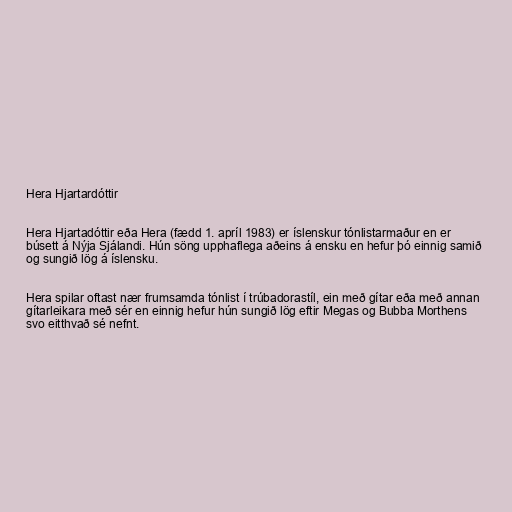
Hera Hjartardóttir

Hera Hjartadóttir eða Hera (fædd 1. apríl 1983) er íslenskur tónlistarmaður en er
búsett á Nýja Sjálandi. Hún söng upphaflega aðeins á ensku en hefur þó einnig samið
og sungið lög á íslensku.

Hera spilar oftast nær frumsamda tónlist í trúbadorastíl, ein með gítar eða með annan
gítarleikara með sér en einnig hefur hún sungið lög eftir Megas og Bubba Morthens
svo eitthvað sé nefnt.